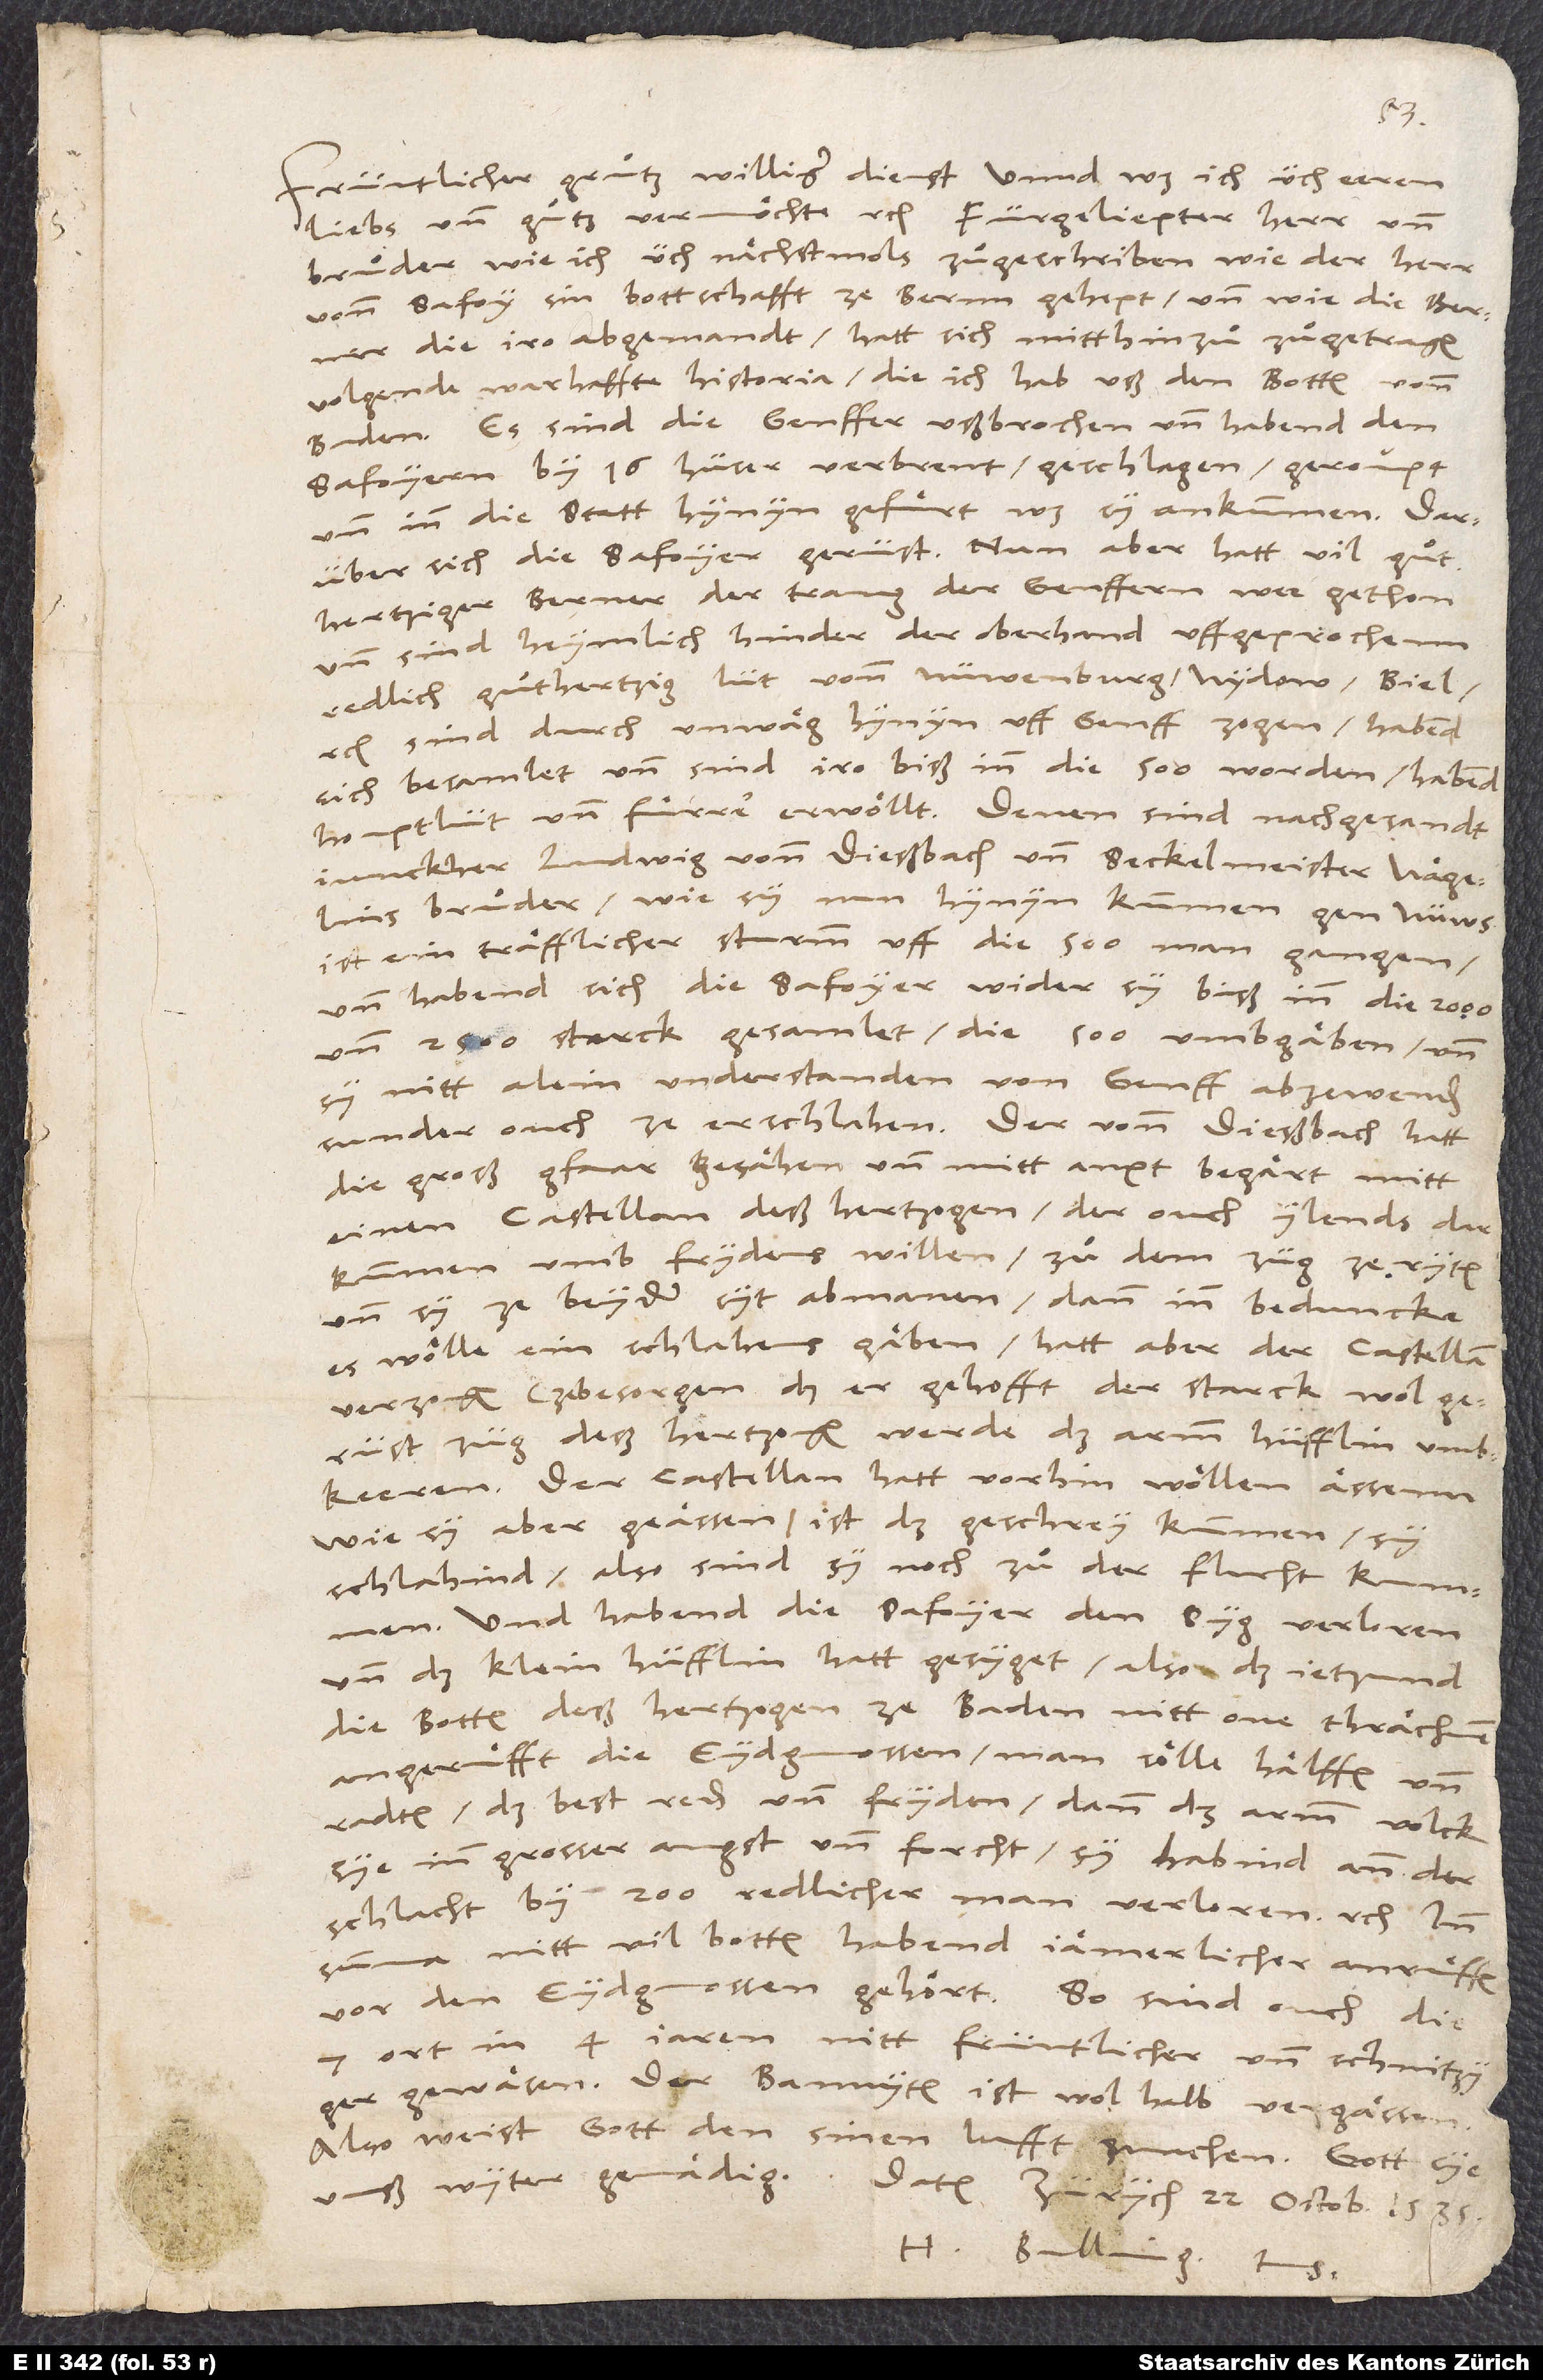
Früntlicher gruͦtz, williger dienst unnd was ich üch eeren,
bruͦder, wie ich üch nächstmols zuͦgeschriben, wie der herr
vonn Safoy sin bottschafft ze Bernn gehept und wie die Berner
die iro abgemandt, hatt sich mitthinzuͦ zuͦgetragen
volgende warhaffte historia, die ich hab uß den botten vonn
Baden: Es sind die Genffer ußbrochen und habend den
Safoyern by 16 hüser verbrent, geschlagen, geroupt
und inn die statt hynyn gefuͤrt, was sy ankummen. Darüber
sich die Safoyer gerüst. Nun aber hatt vil guͦthertziger
Berner der trang der Genffern wee gethon,
und sind heymlich hinder der oberhand uffgeprochenn
redlich, guthertzig lüt vonn Nüwenburg, Nydow, Biel
etc., sind durch unwäg hynyn uff Genff zogen, habend
sich besamlet und sind iro biß inn die 500 worden, habend
houptlüt und fuͤrrer erwöllt. Denen sind nachgesandt
junckher Ludwig vonn Dießbach und seckelmeister Nägelins
bruͦder. Wie sy nun hynyn kummen gen Nüws,
ist ein traulicher sturmm uff die 500 man gangen,
und habend sich die Safoyer wider sy biß inn die 2000
und 2500 starck gesamlet, die 500 umbgäben und
sy nitt alein understanden von Genff abzewenden,
sunder ouch ze erschlahen. Der vonn Dießbach hatt
die groß gfaar gesähen und mitt anxt begärt, mitt
einen castellan deß hertzogen, der ouch ylends
darkummen, umb frydens willen zuͦ dem züg ze ryten
und sy ze beyder syt abmanen; dann inn beduncke
es wölle ein schlahens gaben. Hatt aber der castellan
verzogen (zebesorgen, daß er gehofft, der starck, wol
gerüst züg deß hertzogen werde das armm hüfflin umbkeeren).
Der castellan hatt vorhin wöllen ässenn.
Wie sy aber geässen, ist das geschrey kummen, sy
schlahind, also sind sy noch zuͦ der flucht kummen.
Und habend die Safoyer den syg verloren
und das klein hüfflin hatt gesyget, also daß jetzund
die botten deß hertzogen ze Baden nitt one thrächnen
angeruͤfft die eydgnossen, man sölle hälffen und
radten, das best reden und fryden; dann das armm volck
sye inn grosser angst und forcht. Sy habind ann der
schlacht by 200 redlicher man verloren etc. Inn
summa: Nitt vil botten habend iämerlicher anruͤffen
vor den eydgnossen gehört. So sind ouch die
ort in 4 jaren nit früntlicher und schnitzyger
gewäsen. Der bannyten ist wol halb vergässen.
Also weist gott den sinen lufft zmachen. Gott sye
unß wyter genädig!
Datum Zürych, 22. octob 1535.
H. Bulling tuus.